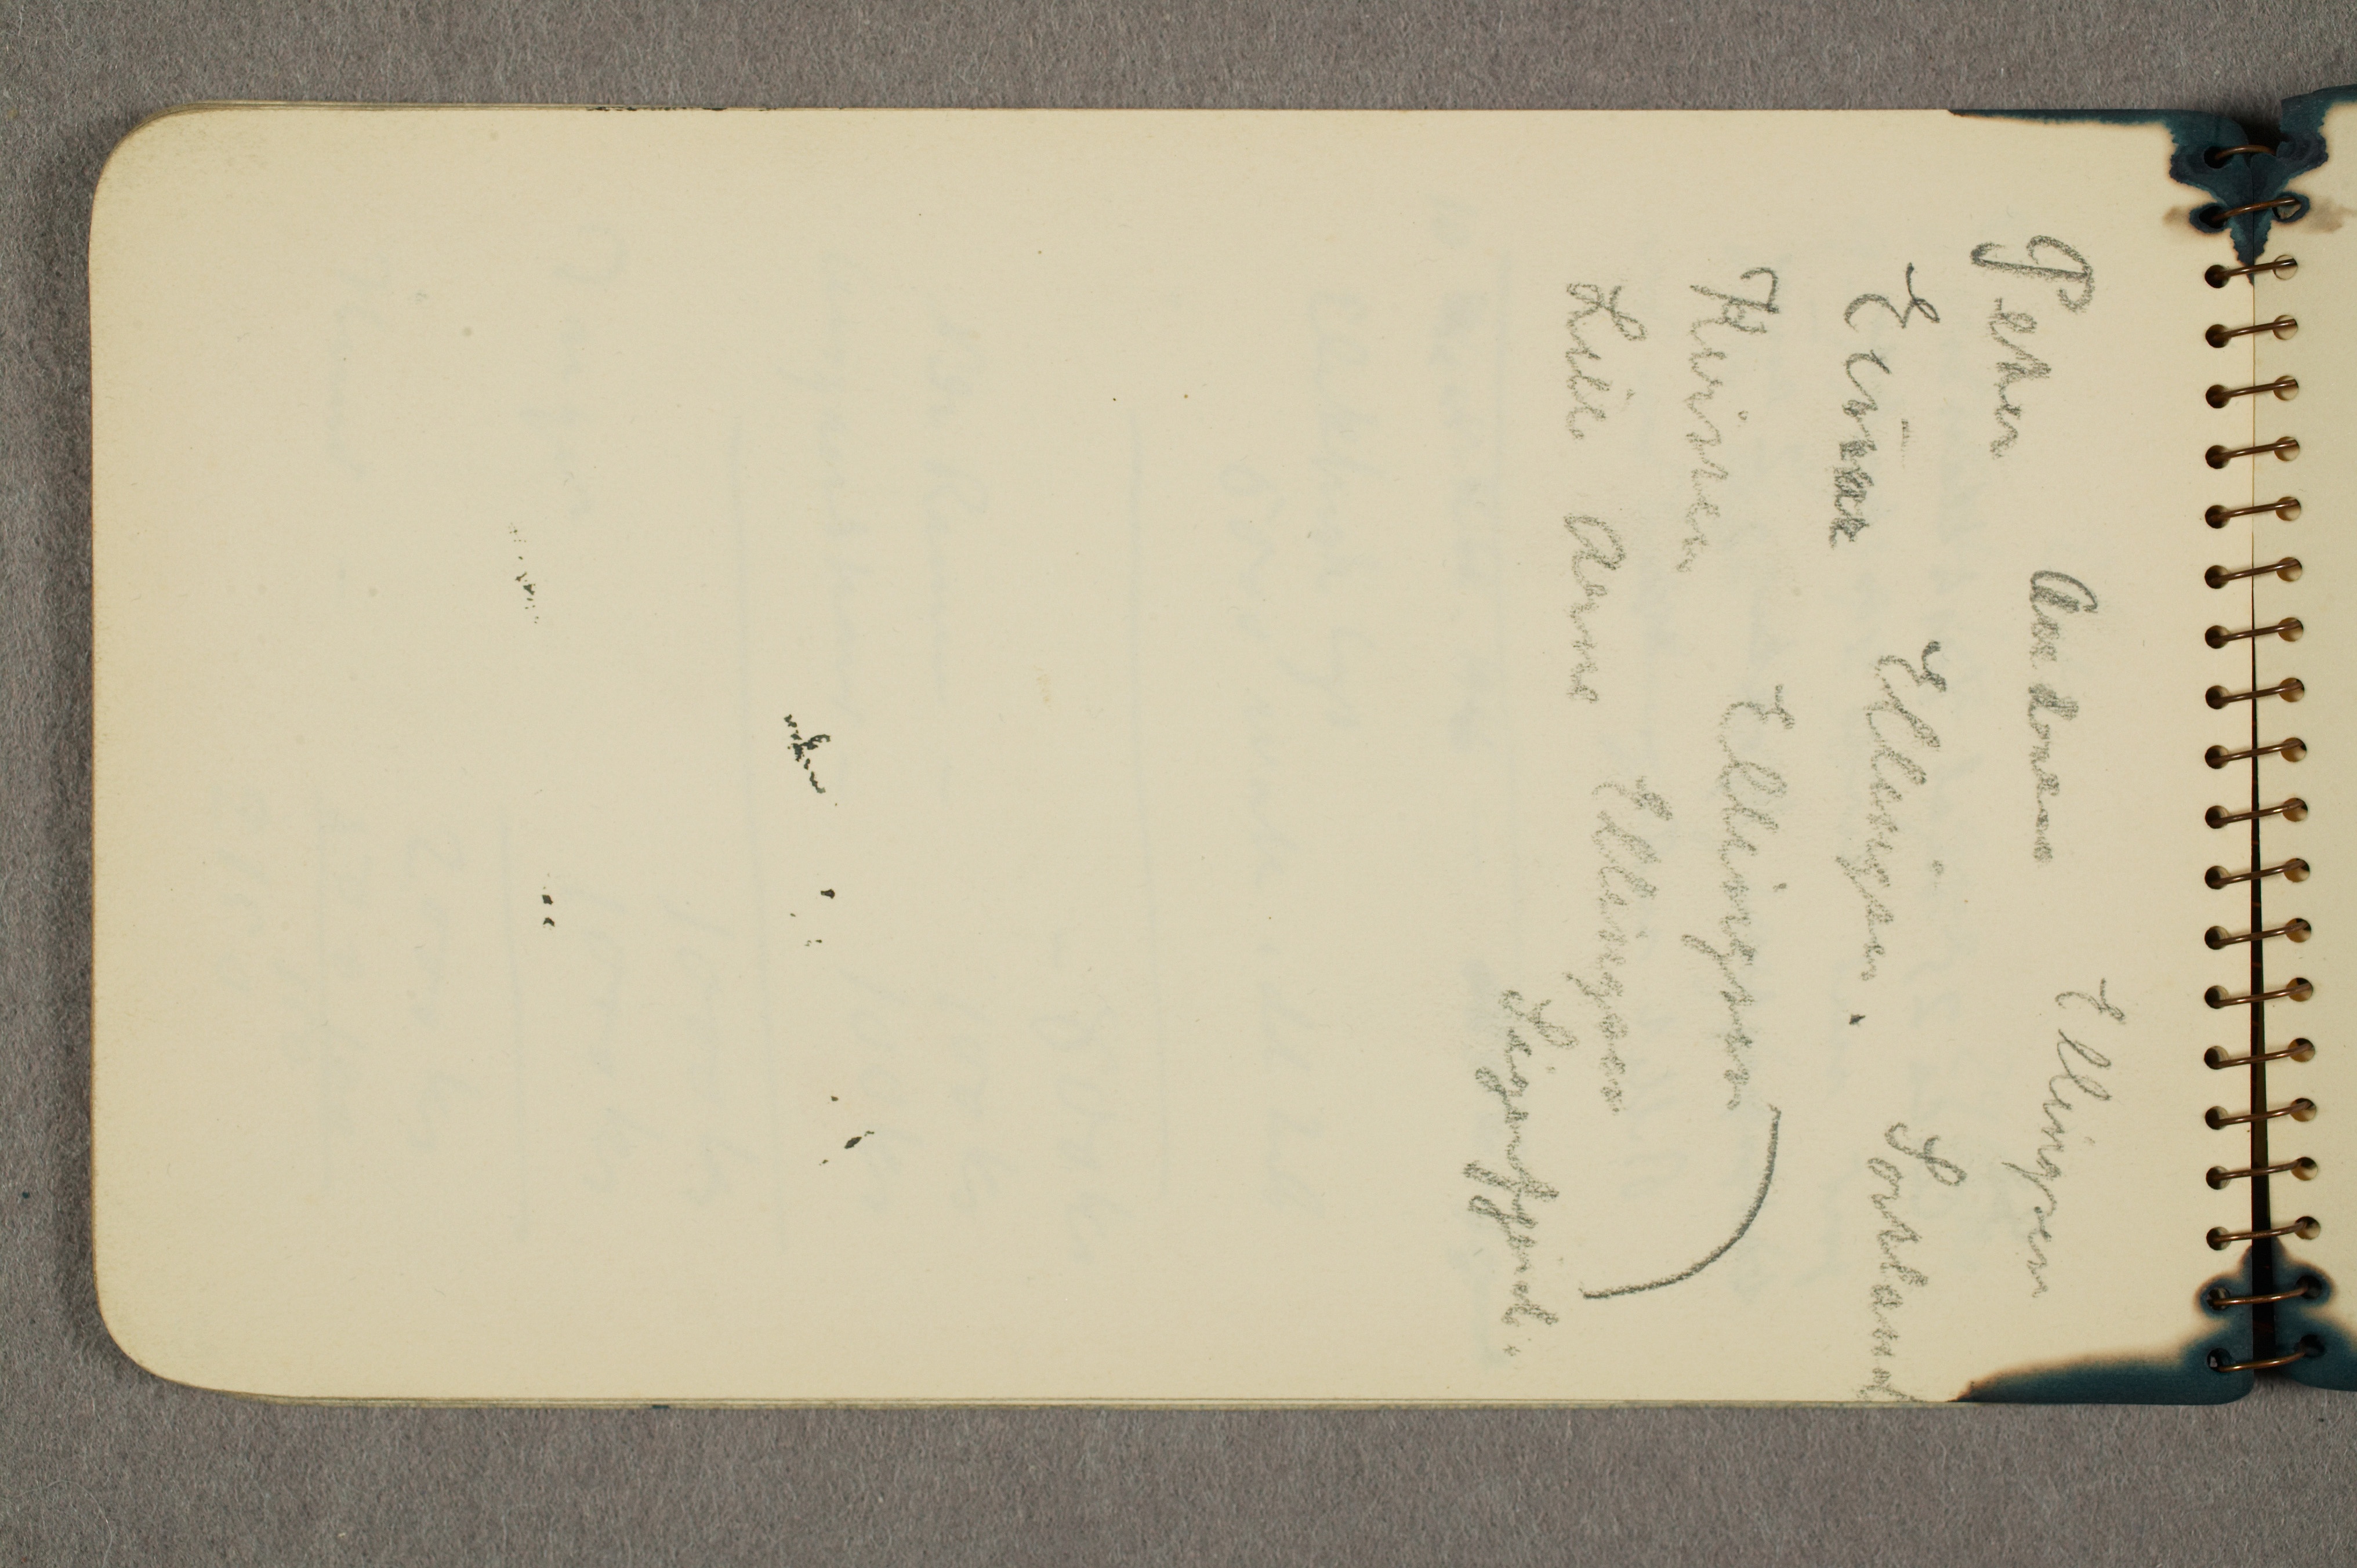
Peter Andreas Ellingsen
Einar Ellingsen. Sortland
Kirsten Ellingsen
Lille Arne Ellingsen
Sigerfjord